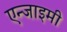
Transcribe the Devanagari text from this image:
एन्जाइमी